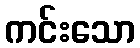
ကင်းသော